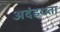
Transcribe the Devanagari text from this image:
अदंडयता